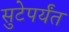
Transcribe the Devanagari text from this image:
सुटेपर्यंत